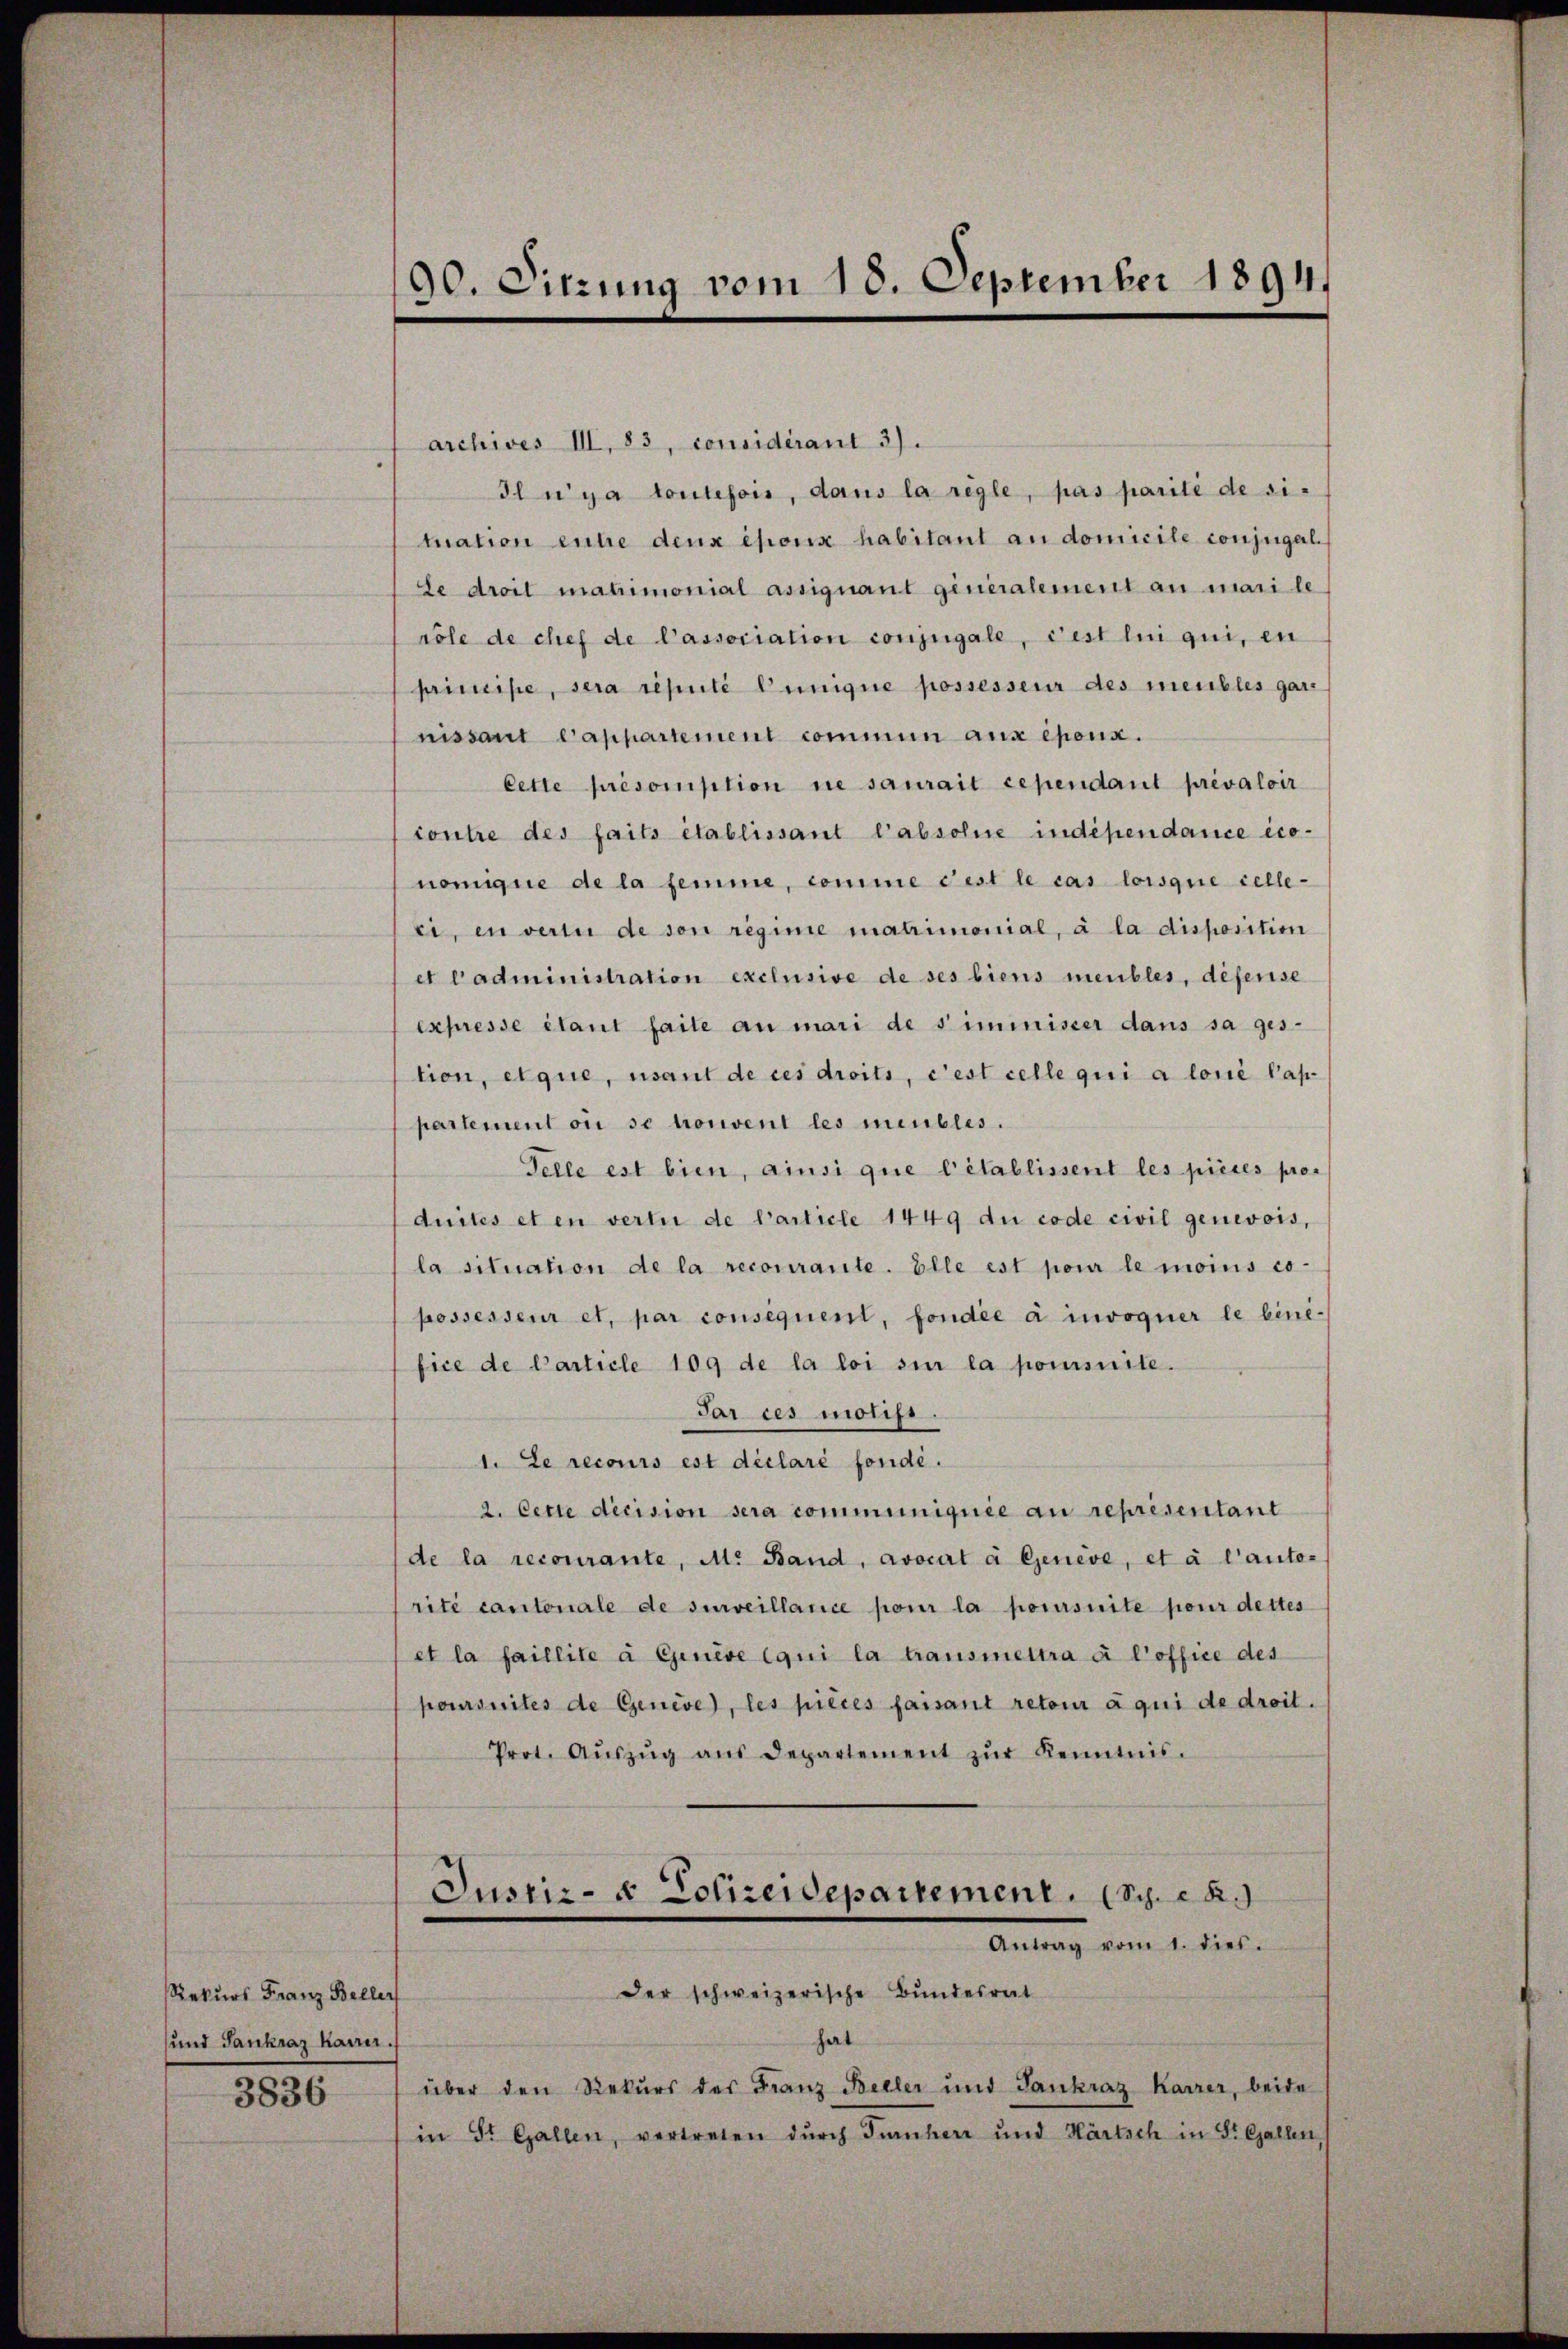
Rekurs Franz Beller
und Sankraz kauer.
3836

90. Sitzung vom 18. September 1894.

archives III, 83, considérant 3).
Il n’y a toutefon, dans la règle, pas parite de situation eine deux époux habitant an domicile conjugal.
Le droit mahimonial assignant generalement an mari le
röle de chef de Passociation conjugale, dest lui qui, en
principe, sera réputé Cunique possesseur des meubles gar
nissant Cappartement commun aux époux.
Cette présomption ne saurait cependant prévaloir
contre des faits établissant l’absohne indépendance ico-
nomique de la femme, comme Fest le cas lorsque celle-
ei, in vertu de son regime matrimonial, à la disposition
et Padministration exclusive de ses biens meubles, deferise
expresse étant faite an mari de simmisser dans sa gestion, etque, sant de ces droits, c’est celle qui a loné ap-
partement ou se nouvent les meubles.
Telle est bien, ainsi que l’établissent les pièces pros
duites et en vertu de Particle 1449 du code civil genevois,
la situation de la recourante. Elle est pour le moins co-
possesseur et. par consequent, fondée à invoquer le biné-
fice de Particle 109 de la loi sie la pomsuite.
Par ces motifi
1. Le recours est déclaré fondé.
2. Cette decision sera communiquée au représentant
de la recourante, M. Band, avocat à Geneve, et à l’auto-
rité cantonale de surveillance pour la poursuite pour dettes
et la faillite à Genève qui la transmettra à l’office des
poursuites de Genève, les pièces faisant retour à qui de droit.
Prot. Aŭszŭg aŭs Departement zŭr Kenntnis.
Justiz- & Polizeidepartement. (Sche
Antrag vom 1. dies.
Der schweizerische Bundesrat
hat
über den Rekurs der Franz Beller und Sankraz Karrer, beide
in St. Gallen, vertreten durch Turnherr und Hartsch in St. Gallen,